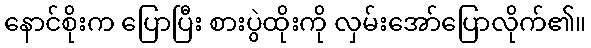
နောင်စိုးက ပြောပြီး စားပွဲထိုးကို လှမ်းအော်ပြောလိုက်၏။